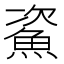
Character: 𩶲